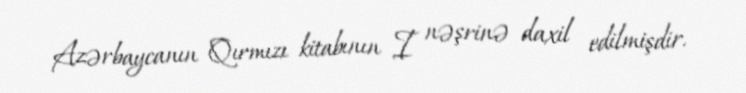
Azərbaycanın Qırmızı kitabının I nəşrinə daxil edilmişdir.